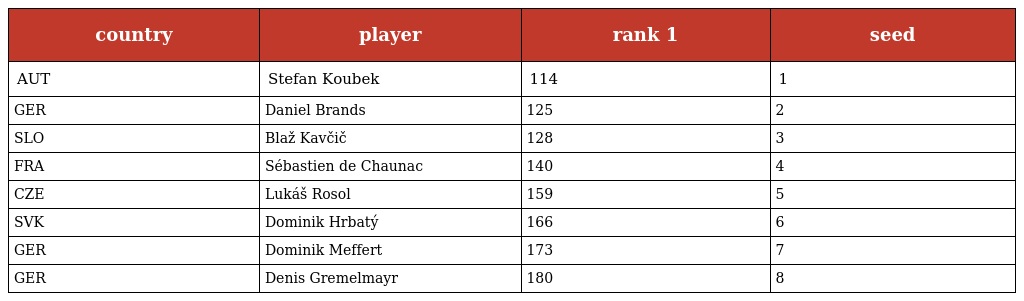
| country | player | rank 1 | seed |
 | --- | --- | --- | --- |
 | AUT | Stefan Koubek | 114 | 1 |
 | GER | Daniel Brands | 125 | 2 |
 | SLO | Blaž Kavčič | 128 | 3 |
 | FRA | Sébastien de Chaunac | 140 | 4 |
 | CZE | Lukáš Rosol | 159 | 5 |
 | SVK | Dominik Hrbatý | 166 | 6 |
 | GER | Dominik Meffert | 173 | 7 |
 | GER | Denis Gremelmayr | 180 | 8 |